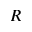
R